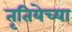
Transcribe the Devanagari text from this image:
तृतियेच्या